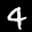
Label: 4